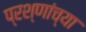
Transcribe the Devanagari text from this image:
प्रश्णांच्या